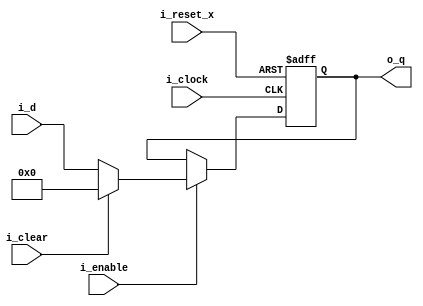
module dffREC #(
  parameter WIDTH = 32,
  parameter INITIAL_VALUE = 1'b0
)(
  input i_clock, i_reset_x, i_enable, i_clear,
  input [WIDTH-1:0] i_d,
  output reg [WIDTH-1:0] o_q
);

  always @(posedge i_clock, negedge i_reset_x) begin
    if (!i_reset_x)       o_q <= INITIAL_VALUE;
    else if (i_enable)
      if (i_clear)        o_q <= INITIAL_VALUE;
      else                o_q <= i_d;
  end
endmodule